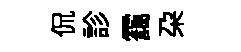
侃診靄朶